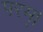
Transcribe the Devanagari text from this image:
परम्‌।